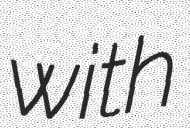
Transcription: with